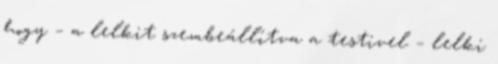
hogy – a lelkit szembeállítva a testivel – lelki